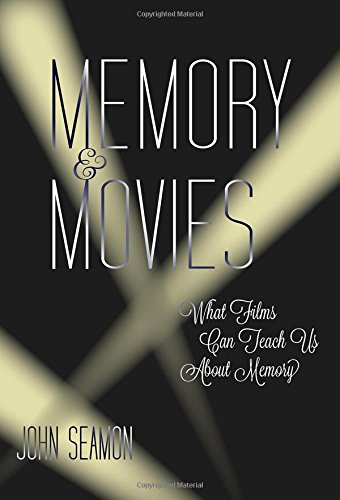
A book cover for Memory and Movies: What Films Can Teach Us about Memory; John Seamon; Humor & Entertainment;